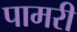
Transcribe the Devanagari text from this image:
पामरी